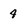
Character: 4